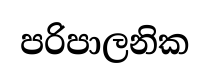
පරිපාලනික